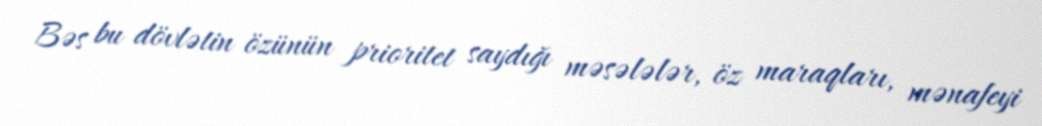
Bəs bu dövlətin özünün prioritet saydığı məsələlər, öz maraqları, mənafeyi